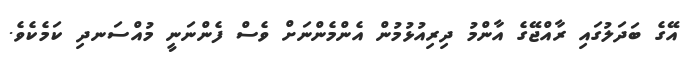
އޭގެ ބަދަލުގައި ރާއްޖޭގެ އާންމު ދިރިއުޅުމުން އެންމެންނަށް ވެސް ފެންނަނީ މުއްސަނދި ކަމެކެވެ.